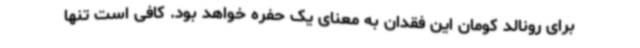
برای رونالد کومان این فقدان به معنای یک حفره خواهد بود. کافی است تنها